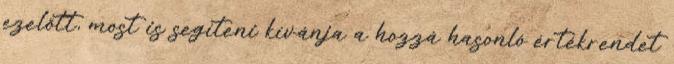
ezelőtt, most is segíteni kívánja a hozzá hasonló értékrendet